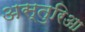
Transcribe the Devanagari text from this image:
अस्तुरिआ